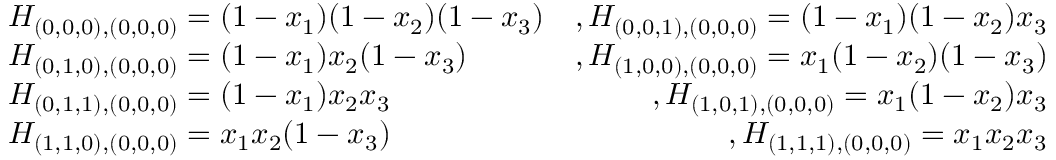
\begin{array} { r l r } & { H _ { ( 0 , 0 , 0 ) , ( 0 , 0 , 0 ) } = ( 1 - x _ { 1 } ) ( 1 - x _ { 2 } ) ( 1 - x _ { 3 } ) } & { , H _ { ( 0 , 0 , 1 ) , ( 0 , 0 , 0 ) } = ( 1 - x _ { 1 } ) ( 1 - x _ { 2 } ) x _ { 3 } } \\ & { H _ { ( 0 , 1 , 0 ) , ( 0 , 0 , 0 ) } = ( 1 - x _ { 1 } ) x _ { 2 } ( 1 - x _ { 3 } ) } & { , H _ { ( 1 , 0 , 0 ) , ( 0 , 0 , 0 ) } = x _ { 1 } ( 1 - x _ { 2 } ) ( 1 - x _ { 3 } ) } \\ & { H _ { ( 0 , 1 , 1 ) , ( 0 , 0 , 0 ) } = ( 1 - x _ { 1 } ) x _ { 2 } x _ { 3 } } & { , H _ { ( 1 , 0 , 1 ) , ( 0 , 0 , 0 ) } = x _ { 1 } ( 1 - x _ { 2 } ) x _ { 3 } } \\ & { H _ { ( 1 , 1 , 0 ) , ( 0 , 0 , 0 ) } = x _ { 1 } x _ { 2 } ( 1 - x _ { 3 } ) } & { , H _ { ( 1 , 1 , 1 ) , ( 0 , 0 , 0 ) } = x _ { 1 } x _ { 2 } x _ { 3 } } \end{array}